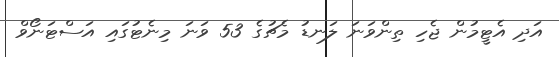
އަދި އެޓީމުން ޖެހި ތިންވަނަ ލަނޑު މެޗުގެ 53 ވަނަ މިނެޓުގައި އަސްޓަނޯވް